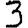
Digit: 3